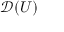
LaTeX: { \mathcal { D } } ( U )